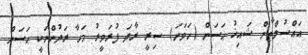
އައްސުލްޠާން ޝައިޚު ޙަސަން (ހަވަނަ) ސިރީ ރާދަ ފުރަވީރު މަހާ ރަދުންނަކީ ޙަސަން